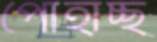
পোহাচ্ছ